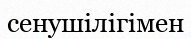
сенушілігімен